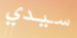
سيدي